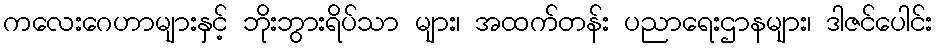
ကလေးဂေဟာများနှင့် ဘိုးဘွားရိပ်သာ များ၊ အထက်တန်း ပညာရေးဌာနများ၊ ဒါဇင်ပေါင်း